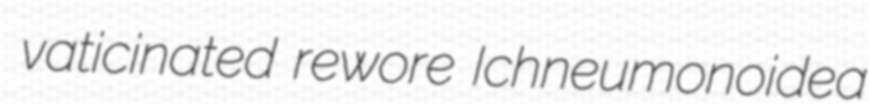
vaticinated rewore Ichneumonoidea